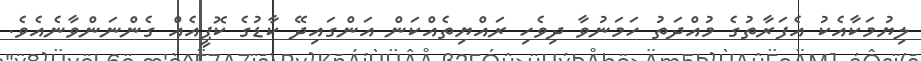
ލިޔުމަކާއެކު އެފަރާތުގެ މުއްދަތު ހަމަނުވާ ދިވެހި ރައްޔިތެއްކަން އަންގައިދޭ ކާޑުގެ ކޮޕީއެއް ގެންނަންވާނެއެވެ.